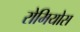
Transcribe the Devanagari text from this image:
रोमियोस